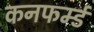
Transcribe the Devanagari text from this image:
कनफर्म्ड